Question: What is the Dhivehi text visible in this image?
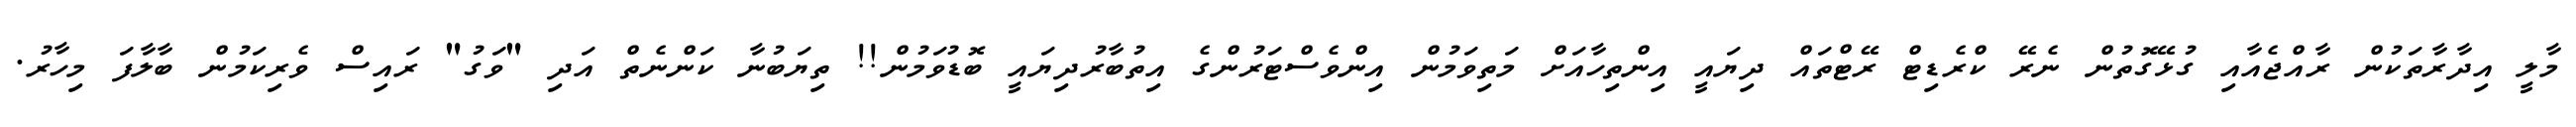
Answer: މާލީ އިދާރާތަކުން ރާއްޖެއާއި ގުޅޭގޮތުން ނެރޭ ކްރެޑިޓް ރޭޓްތައް ދިޔައީ އިންތިހާއަށް މަތިވަމުން އިންވެސްޓަރުންގެ އިތުބާރުދިޔައީ ބޮޑުވަމުން!! ތިޔަބުނާ ކަންނެތް އަދި "ވަގު" ރައިސް ވެރިކަމުން ބާލާފަ މިހާރު.